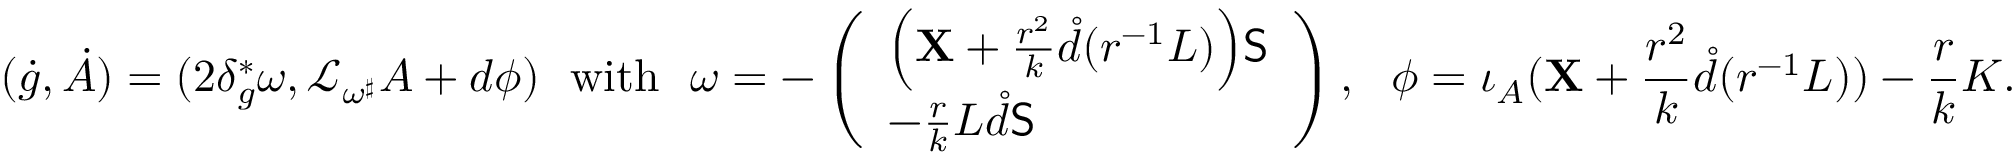
( \dot { g } , \dot { A } ) = ( 2 \delta _ { g } ^ { * } \omega , \mathcal { L } _ { \omega ^ { \sharp } } A + d \phi ) \quad \! \! \mathrm { w i t h } \quad \! \! \omega = - \left( \begin{array} { l } { \Bigl ( \mathbf { X } + \frac { r ^ { 2 } } { k } \mathring { d } ( r ^ { - 1 } L ) \Bigr ) \mathsf { S } } \\ { - \frac { r } { k } L \mathring { d } \mathsf { S } } \end{array} \right) , \quad \! \! \phi = \iota _ { A } ( \mathbf { X } + \frac { r ^ { 2 } } { k } \mathring { d } ( r ^ { - 1 } L ) ) - \frac { r } { k } K .